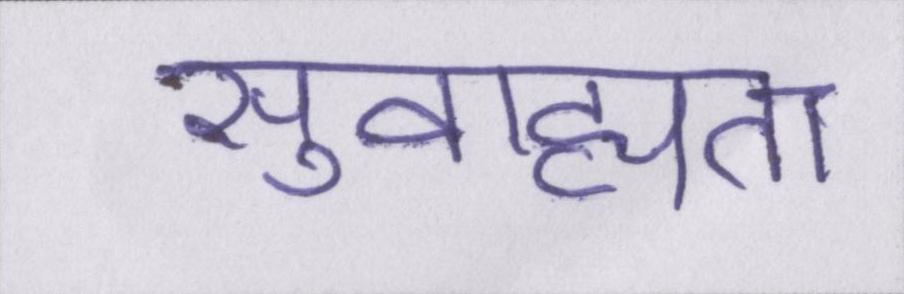
सुवाह्यता